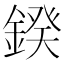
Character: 鍨